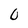
Character: 0